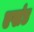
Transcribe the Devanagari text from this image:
एखंड